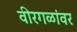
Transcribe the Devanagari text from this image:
वीरगळांवर